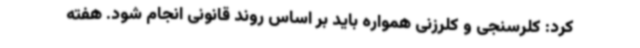
کرد: کلرسنجی و کلرزنی همواره باید بر اساس روند قانونی انجام شود. هفته